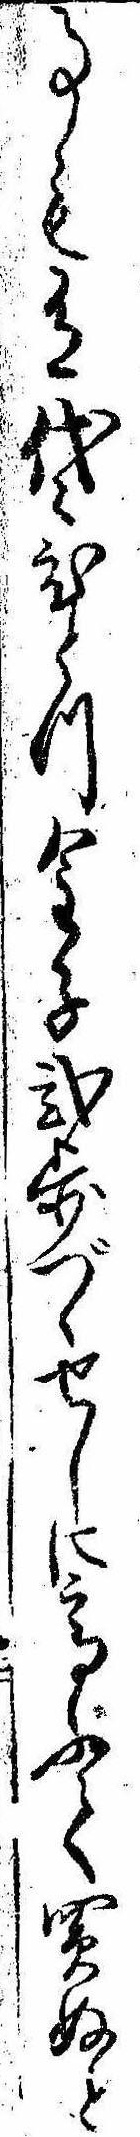
事も有代ひとつ金子弐歩づゝせしに高ふて買ぬと